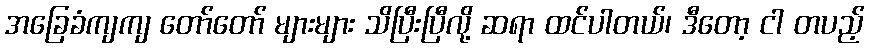
အခြေခံကျကျ တော်တော် များများ သိပြီးပြီလို့ ဆရာ ထင်ပါတယ်၊ ဒီတော့ ငါ တပည့်